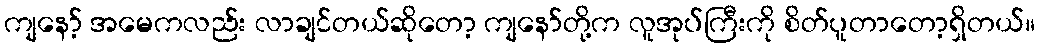
ကျနော့် အမေကလည်း လာချင်တယ်ဆိုတော့ ကျနော်တို့က လူအုပ်ကြီးကို စိတ်ပူတာတော့ရှိတယ်။